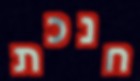
חנכת